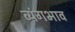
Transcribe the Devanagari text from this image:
व्यंगभाव